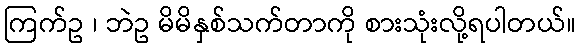
ကြက်ဥ ၊ ဘဲဥ မိမိနှစ်သက်တာကို စားသုံးလို့ရပါတယ်။